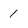
Character: 1